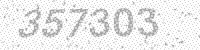
Solution: 357303